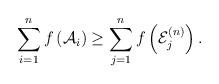
LaTeX: \begin{align*}\sum_{i=1}^n f \left( \mathcal{A}_i \right) \geq\sum_{j=1}^n f \left( \mathcal{E}_j^{(n)} \right).\end{align*}